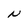
Character: N